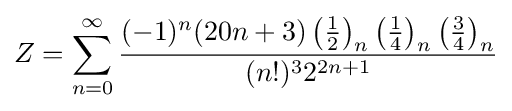
Z=\sum _{n=0}^{\infty }{\frac {(-1)^{n}(20n+3)\left({\frac {1}{2}}\right)_{n}\left({\frac {1}{4}}\right)_{n}\left({\frac {3}{4}}\right)_{n}}{(n!)^{3}{2}^{2n+1}}}